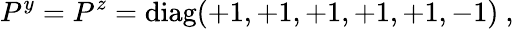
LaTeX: P^{y}=P^{z}=\mathrm{diag}(+1,+1,+1,+1,+1,-1)~,~\,